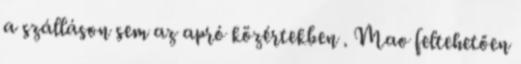
a szálláson sem az apró közértekben . Mao feltehetően